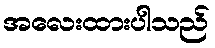
အလေးထားပါသည်